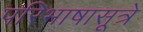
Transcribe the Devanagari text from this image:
परिभाषासूत्रे